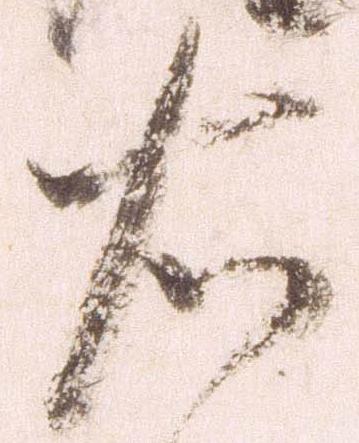
右